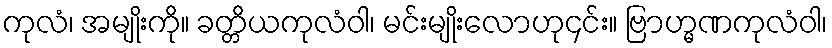
ကုလံ၊ အမျိုးကို။ ခတ္တိယကုလံဝါ၊ မင်းမျိုးလောဟု၄င်း။ ဗြာဟ္မဏကုလံဝါ၊